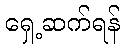
ရှေ့ဆက်ရန်